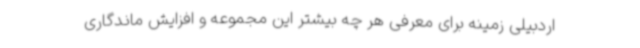
اردبیلی زمینه برای معرفی هر چه بیشتر این مجموعه و افزایش ماندگاری